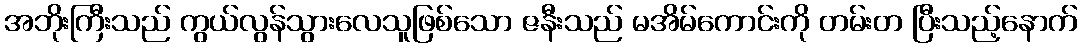
အဘိုးကြီးသည် ကွယ်လွန်သွားလေသူဖြစ်သော ဇနီးသည် မအိမ်ကောင်းကို တမ်းတ ပြီးသည့်နောက်